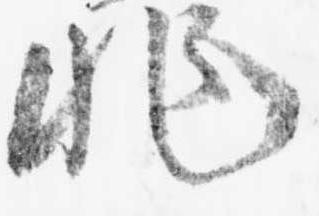
非